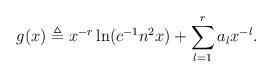
LaTeX: \begin{align*}g(x) \triangleq x^{-r}\ln(c^{-1}n^2x) + \sum_{l=1}^r a_lx^{-l}.\end{align*}